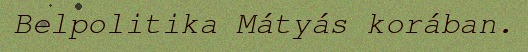
Belpolitika Mátyás korában.